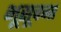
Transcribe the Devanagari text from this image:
भूसूचना